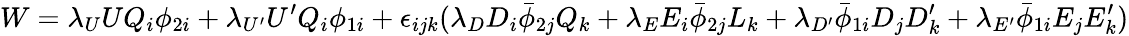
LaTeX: W=\lambda_{U}UQ_{i}\phi_{2i}+\lambda_{U^{\prime}}U^{\prime}Q_{i}\phi_{1i}+\epsilon_{ijk}(\lambda_{D}D_{i}\bar{\phi}_{2j}Q_{k}+\lambda_{E}E_{i}\bar{\phi}_{2j}L_{k}+\lambda_{D^{\prime}}\bar{\phi}_{1i}D_{j}D_{k}^{\prime}+\lambda_{E^{\prime}}\bar{\phi}_{1i}E_{j}E_{k}^{\prime})